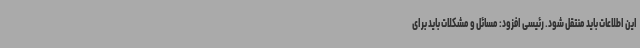
این اطلاعات باید منتقل شود. رئیسی افزود: مسائل و مشکلات باید برای